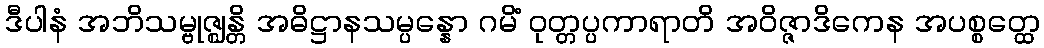
ဒီပါနံ အဘိသမ္ဗုဇ္ဈန္တိ အဓိဋ္ဌာနသမ္ပန္နော ဂမိံ ဝုတ္တပ္ပကာရာတိ အဝိဇ္ဇာဒိကေန အပစ္စတ္ထေ